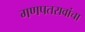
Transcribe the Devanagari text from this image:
गणपतरावांचा